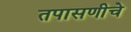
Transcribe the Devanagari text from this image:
तपासणीचे